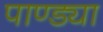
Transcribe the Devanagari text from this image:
पाण्ड्या